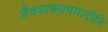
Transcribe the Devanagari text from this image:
शैवशाक्तागमादीनि